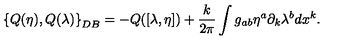
\left\{ Q ( \eta ) , Q ( \lambda ) \right\} _ { D B } = - Q ( [ \lambda , \eta ] ) + { \frac { k } { 2 \pi } } \int g _ { a b } \eta ^ { a } \partial _ { k } \lambda ^ { b } d x ^ { k } .